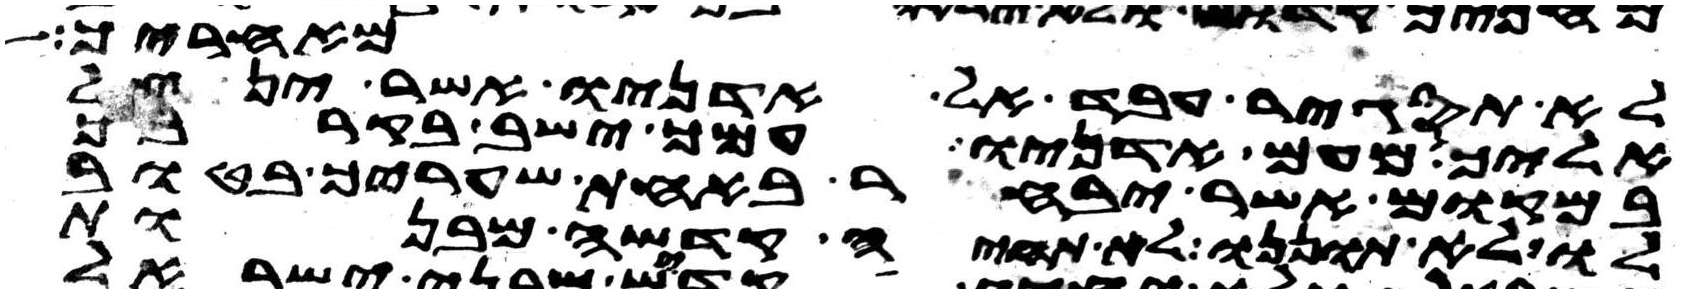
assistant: מאחריך
לא תסגיר עבד אל אדניו אשר ינצל
אליך מעם אדניו עמך ישב בקרבך
במקום אשר יבחר באחת שעריך בטוב
לו לא תוננו לא תחיה קדשה מבנות